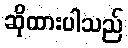
ဆိုထားပါသည်